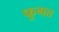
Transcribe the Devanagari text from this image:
फुगत